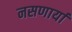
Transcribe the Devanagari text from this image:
नसणार्या